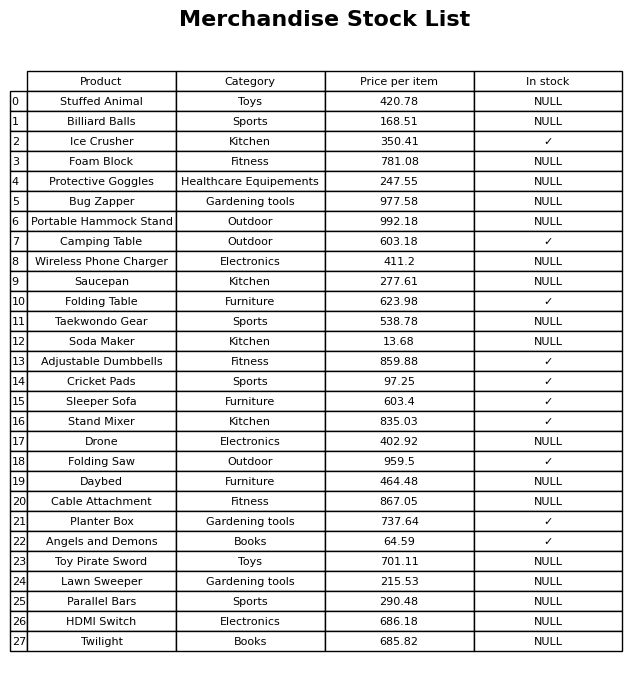
question: What category does the Taekwondo Gear belong to?
answer: Sports